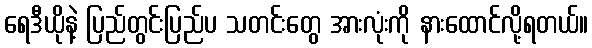
ရေဒီယိုနဲ့ ပြည်တွင်းပြည်ပ သတင်းတွေ အားလုံးကို နားထောင်လို့ရတယ်။